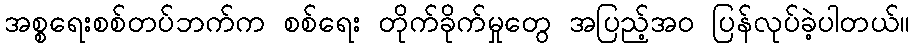
အစ္စရေးစစ်တပ်ဘက်က စစ်ရေး တိုက်ခိုက်မှုတွေ အပြည့်အဝ ပြန်လုပ်ခဲ့ပါတယ်။